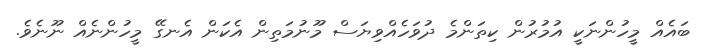
ބައެއް މީހުންނަކީ އުމުރުން ކިތަންމެ ދުވަހެއްވިޔަސް މޫނުމަތިން އެކަން އެނގޭ މީހުންނެއް ނޫނެވެ.